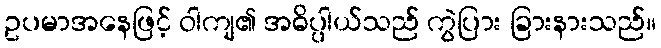
ဥပမာအနေဖြင့် ဝါကျ၏ အဓိပ္ပါယ်သည် ကွဲပြား ခြားနားသည်။